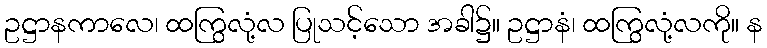
ဥဋ္ဌာနကာလေ၊ ထကြွလုံ့လ ပြုသင့်သော အခါ၌။ ဥဋ္ဌာနံ၊ ထကြွလုံ့လကို။ န